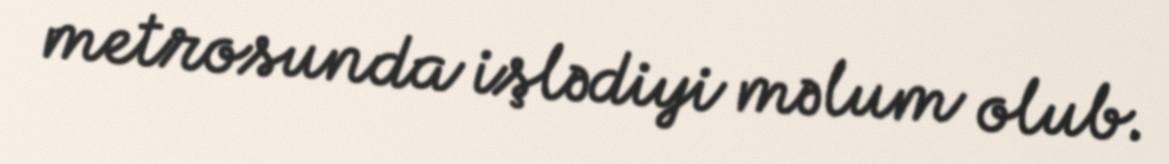
metrosunda işlədiyi məlum olub.